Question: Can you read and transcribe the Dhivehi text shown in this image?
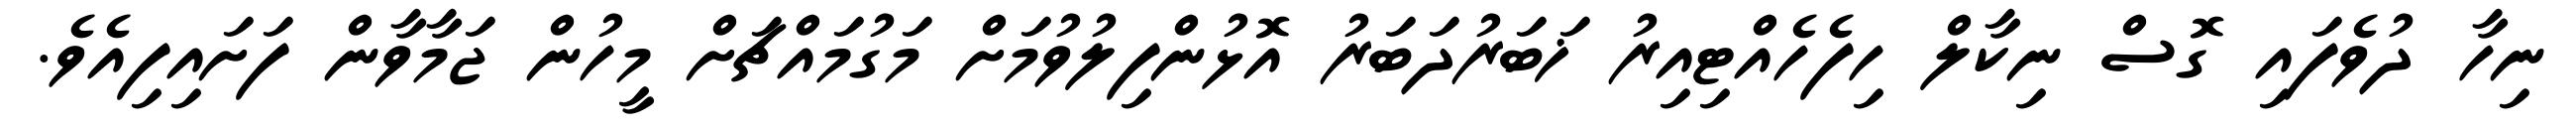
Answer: ނިހާ ދުވެފައި ގޮސް ނިކާލް ހިފެހެއްޓިއިރު ޚަބަރުދަބަރު އޮޅުންފިލުވުމަށް މަގުމައްޗަށް މީހުން ޖަމާވާން ފަށައިފިއެވެ.